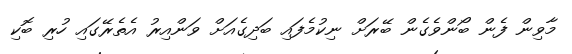
މާވިން ފެން ބޯންވެގެން ބޭރަށް ނިކުމެފައި ބަދިގެއަށް ވަންއިރު އެތެރޭގައި ހުރި ބޮކި